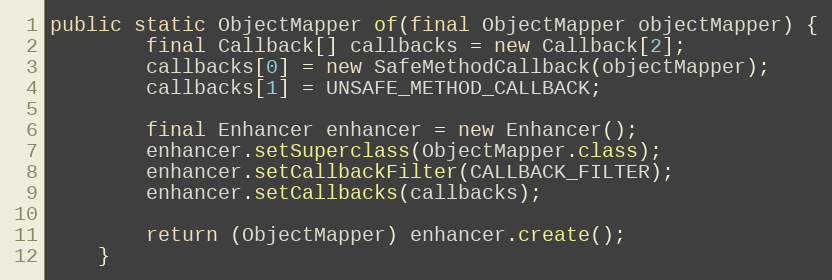
Language: Java
public static ObjectMapper of(final ObjectMapper objectMapper) {
        final Callback[] callbacks = new Callback[2];
        callbacks[0] = new SafeMethodCallback(objectMapper);
        callbacks[1] = UNSAFE_METHOD_CALLBACK;

        final Enhancer enhancer = new Enhancer();
        enhancer.setSuperclass(ObjectMapper.class);
        enhancer.setCallbackFilter(CALLBACK_FILTER);
        enhancer.setCallbacks(callbacks);

        return (ObjectMapper) enhancer.create();
    }